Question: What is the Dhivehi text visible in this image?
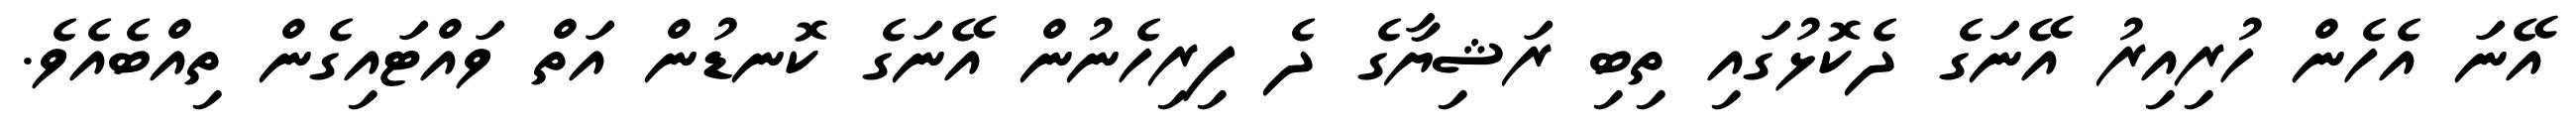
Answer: އޭނަ އެހެން ހުރިއިރު އޭނަގެ ދެކޮޅުގައި ތިބި ރަޝިޔާގެ ދެ ފިރިހެނުން އޭނަގެ ކޮނޑުން އަތް ވައްޓައިގެން ތިއްބެއެވެ.